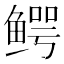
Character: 鳄